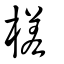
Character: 槎